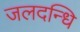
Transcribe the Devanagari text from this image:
जलदन्धि